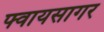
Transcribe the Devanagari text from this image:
फ्वायसागर